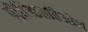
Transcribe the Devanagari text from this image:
प्रीक्ष्किततिओन